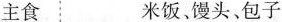
主食 米饭，馒头、包子